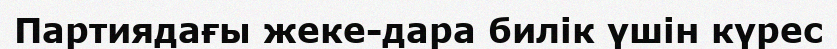
Партиядағы жеке-дара билік үшін күрес